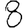
Digit: 8